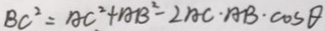
B C ^ { 2 } = A C ^ { 2 } + A B ^ { 2 } - 2 A C \cdot A B \cdot \cos \theta